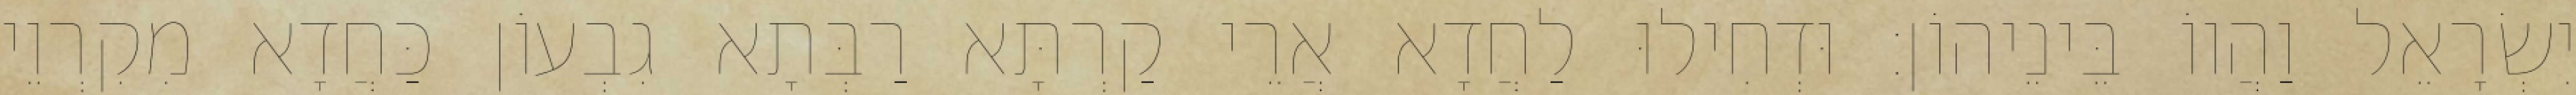
יִשְׂרָאֵל וַהֲווֹ בֵּינֵיהוֹן׃ וּדְחִילוּ לַחֲדָא אֲרֵי קַרְתָּא רַבְּתָא גִבְעוֹן כַּחֲדָא מִקִרְוֵי